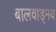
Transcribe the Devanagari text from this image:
बालवाड्मय